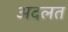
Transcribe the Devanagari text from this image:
अदलत